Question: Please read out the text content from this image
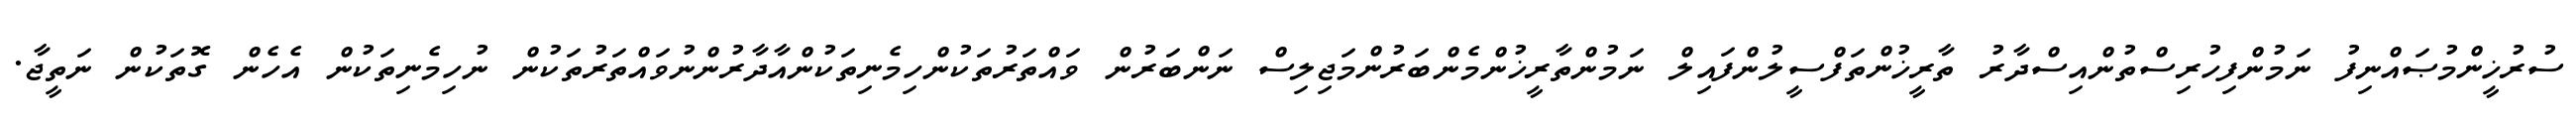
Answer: ސުރުޚީންމުޞައްނިފު ނަމުންފިހުރިސްތުންއިސްދާރު ތާރީޚުންތަފްސީލުންފައިލް ނަމުންތާރީޚުންމެންބަރުންމަޖިލިސް ނަންބަރުން ވައްތަރުތަކުންހިމެނިތަކުންއާދާރުންނުވައްތަރުތަކުން ނުހިމެނިތަކުން އެހެން ގޮތަކުން ނަތީޖާ.